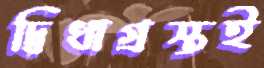
দ্বিধাগ্রস্তই